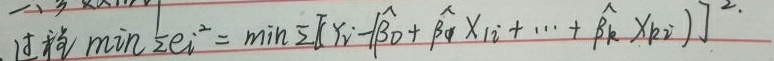
1. 这样 $\min\sum e_{i}^{2}=\min\sum\left[Y_{i}-\left(\hat{\beta}_{0}+\hat{\beta}_{1}X_{1i}+\cdots+\hat{\beta}_{k}X_{ki}\right)\right]^{2}$.